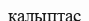
қалыптас